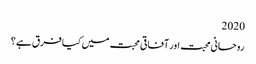
2020
روحانی محبت اور آفاقی محبت میں کیا فرق ہے؟